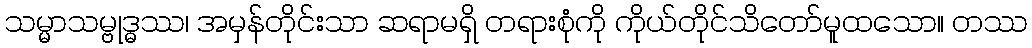
သမ္မာသမ္ဗုဒ္ဓဿ၊ အမှန်တိုင်းသာ ဆရာမရှိ တရားစုံကို ကိုယ်တိုင်သိတော်မူထသော။ တဿ